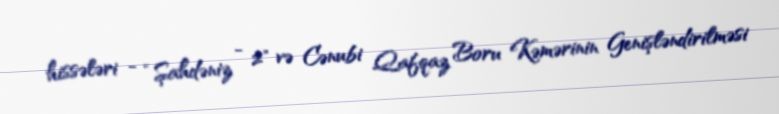
hissələri - “Şahdəniz - 2" və Cənubi Qafqaz Boru Kəmərinin Genişləndirilməsi